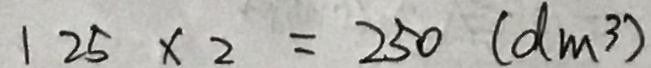
1 2 5 \times 2 = 2 5 0 ( d m ^ { 3 } )